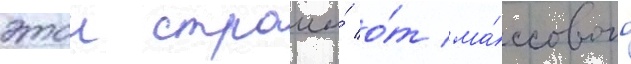
этои страны́ о́т ма́ссового